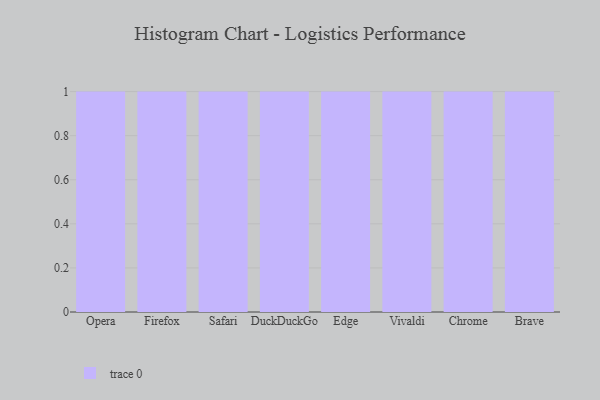
{"axis": {"x": "Browser", "y": "Satisfaction Score"}, "legend": [""], "data": [{"x": "Opera", "y": 97, "type": ""}, {"x": "Firefox", "y": 76, "type": ""}, {"x": "Safari", "y": 14, "type": ""}, {"x": "DuckDuckGo", "y": 70, "type": ""}, {"x": "Edge", "y": 97, "type": ""}, {"x": "Vivaldi", "y": 76, "type": ""}, {"x": "Chrome", "y": 56, "type": ""}, {"x": "Brave", "y": 86, "type": ""}]}